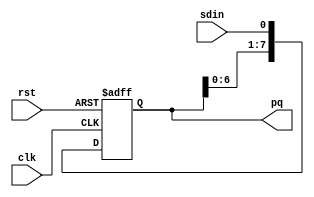
module sr8(
    input rst,clk,
    input sdin,
    output reg [7:0]pq
);

always@(negedge rst,posedge clk)
if(rst==0)
begin
    pq <= 0;
end

else
begin
    pq <= {pq[6:0],sdin};
end

endmodule